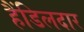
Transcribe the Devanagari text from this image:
हैंडिलदार